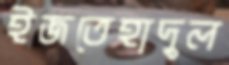
ইজতেহাদুল